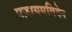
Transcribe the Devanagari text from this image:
पज़ायमविदेन